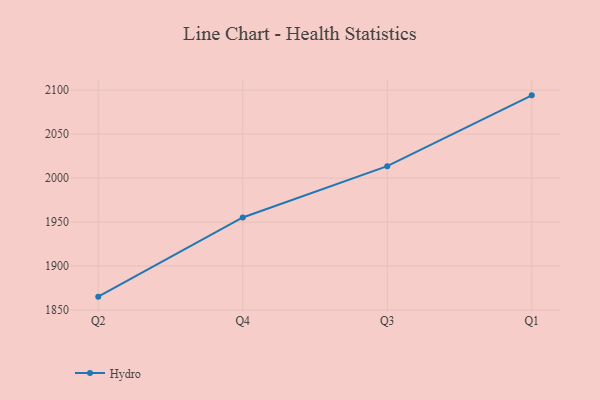
{"axis": {"x": "Quarter", "y": "Bounce Rate (%)"}, "legend": ["Hydro"], "data": [{"x": "Q2", "y": 1865.1, "type": "Hydro"}, {"x": "Q4", "y": 1955.2, "type": "Hydro"}, {"x": "Q3", "y": 2013.5, "type": "Hydro"}, {"x": "Q1", "y": 2094.1, "type": "Hydro"}]}